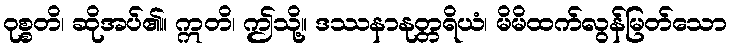
ဝုစ္စတိ၊ ဆိုအပ်၏။ ဣတိ၊ ဤသို့။ ဒဿနာနုတ္တရိယံ၊ မိမိထက်လွန်မြတ်သော